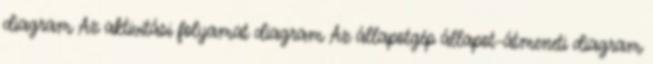
diagram Az aktivitási folyamat diagram Az állapotgép állapot-átmeneti diagram